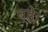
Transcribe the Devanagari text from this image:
बहे।